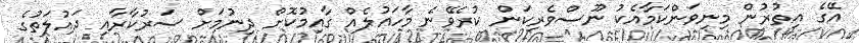
އޭގެ އިތުރުން މިނިވަންކަމާއެކު ނޫސްވެރިކަން ކުރެވޭނެ މާހައުލެއް ގާއިމުކޮށް ދިނުމަށް ސަރުކާރާއި ދައުލަތުގެ